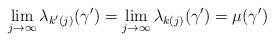
LaTeX: \begin{align*}\lim\limits_{j\to\infty} \lambda_{k'(j)}(\gamma')=\lim\limits_{j\to\infty} \lambda_{k(j)}(\gamma')=\mu(\gamma')\end{align*}